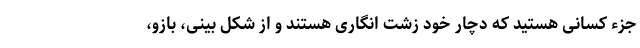
جزءِ کسانی هستید که دچار خودْ زشتْ انگاری هستند و از شکل بینی، بازو،